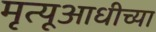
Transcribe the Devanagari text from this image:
मृत्यूआधीच्या